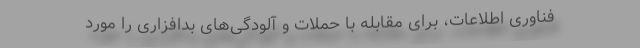
فناوری اطلاعات، برای مقابله با حملات و آلودگی‌های بدافزاری را مورد